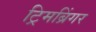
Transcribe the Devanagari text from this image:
ट्रिमब्रिंगर